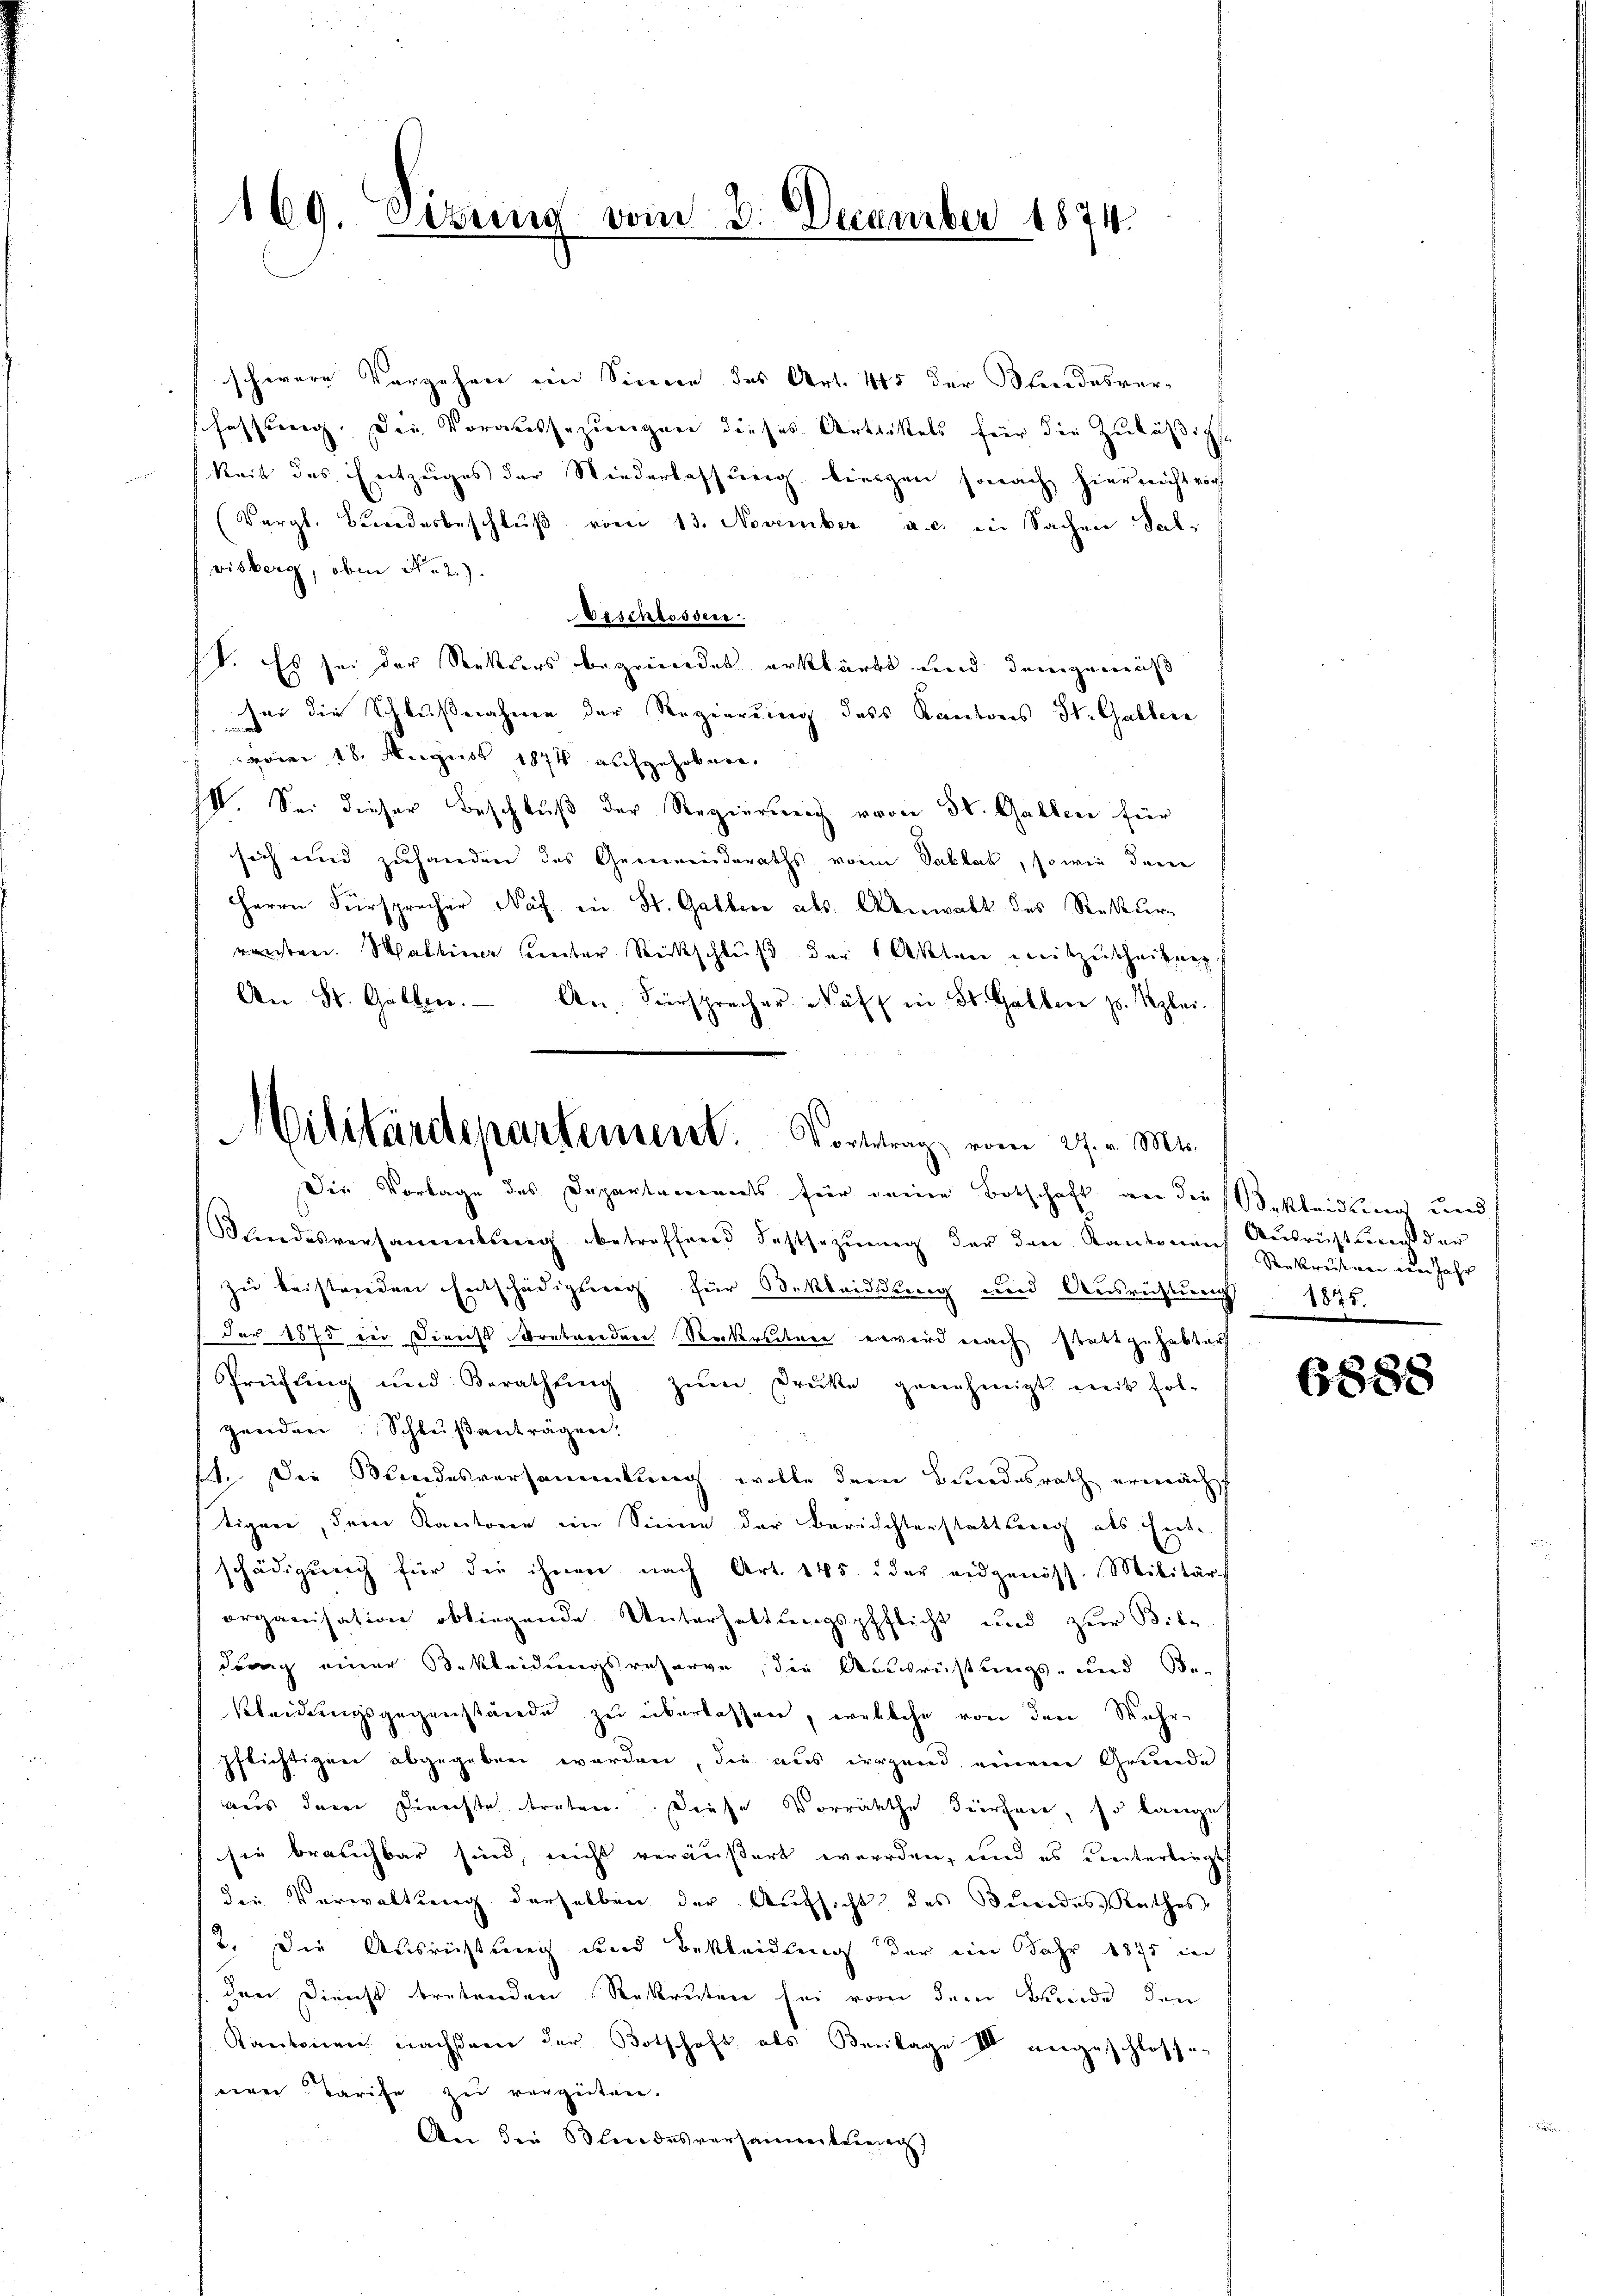
169. Setung vom 3. December 1874.

schwere Vorgehen im Sinne des Art. 445 der Stundesver-
schaffung. Die Voraussezungen dieses Artikels für die Zuläßigs
keit des Entzuges der Niederlassung biengen sonach hier nicht vor
(Vergl. Bŭndesbeschlŭβ vom 13. November a. c. in Sachen Sal-
visberg, oben N. 2.)
beschlossen.
ft. Es sei der Rektors begründet erklärte und demgemäß
sei die Schlußnahme der Regierung dass Kantons St. Gallere
 18. August 1844 aufgehobenen.
II. Sei dieser Beschluß der Regierung von St. Gallen für
sich und zuhanden des Gemeinderaths von Sablat, sowie dem
Herrn Fürsprecher Näf in St. Gallen als Anwalt des Rekur
renten. Mattiner unter Rückschluß der Aktere weitzutheilne
An St. Gallen. An Fürsprecher Näf in St. Gallen z. Kzlei.

Militärdepartement. Vortrag vom 27. v. Mts.
Die Vorlage des Departements für deine Botschaft an die Bekleidung und

Bundesversammlung betreffend Festsezung der den Kantonen Ausrichtung der
zu beistenden Entschädigung für Bekleidung und Ausrichtung 1875.
der 1875 in Dienst Bratwerden Reckrecher erwird nach stattgehabter
Prüfung und Berathŭng zŭm Druke genehmigt mit fol-
zenden Schlußanträgen.
1. Die Bundesversammelung wolle dem Bundesrath ermächt
tigen, dem Kantone im Sinne der Berichterstattung als Ent-
schädigŭng für die ihnen nach Art. 145 der eidgenöss. Militär
organisation obliegende Unterhaltungspfflicht und zur Bil-
drung einer Bekleidungsresorge, die Ausrüstungs- und Be-
Kleidungsgegenstände zu überlassen, welche von den Wahr-
pflichtiger abgegeben werden, die aus irgend, einem Grunde
aus dem Dienste treten. Diese Vorräthe dürfen, so langes
sie brauchbar sind, nicht veräußert werden, und es unterliegt
die Verwaltung derselben der Aufsicht des Bundes Rathes
2. Die Ausrichtung und Bekleidung der ein Jahr 1895 in
den Dienst tretenden Rekruten sei von dem Kinde den
Kantonen nächseen der Botschaft als Beilage der angeschlossen
einer Tarife zu vergüten.
An die Blindesversammlung)

Rekruten dem Jahr

6888